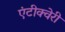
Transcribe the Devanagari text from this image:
एंटीक्वेरी